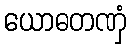
ယောဓတဏှံ